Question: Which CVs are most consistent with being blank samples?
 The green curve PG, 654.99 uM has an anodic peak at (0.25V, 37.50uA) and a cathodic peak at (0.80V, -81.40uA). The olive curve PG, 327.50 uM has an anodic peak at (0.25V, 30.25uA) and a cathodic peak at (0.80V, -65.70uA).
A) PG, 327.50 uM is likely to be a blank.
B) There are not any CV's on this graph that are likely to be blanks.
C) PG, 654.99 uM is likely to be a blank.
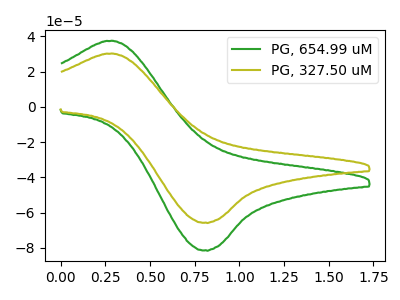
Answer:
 <answer>B) There are not any CV's on this graph that are likely to be blanks.</answer>
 <eval>B</eval>